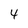
Character: 4